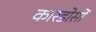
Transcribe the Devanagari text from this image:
कारडोसों